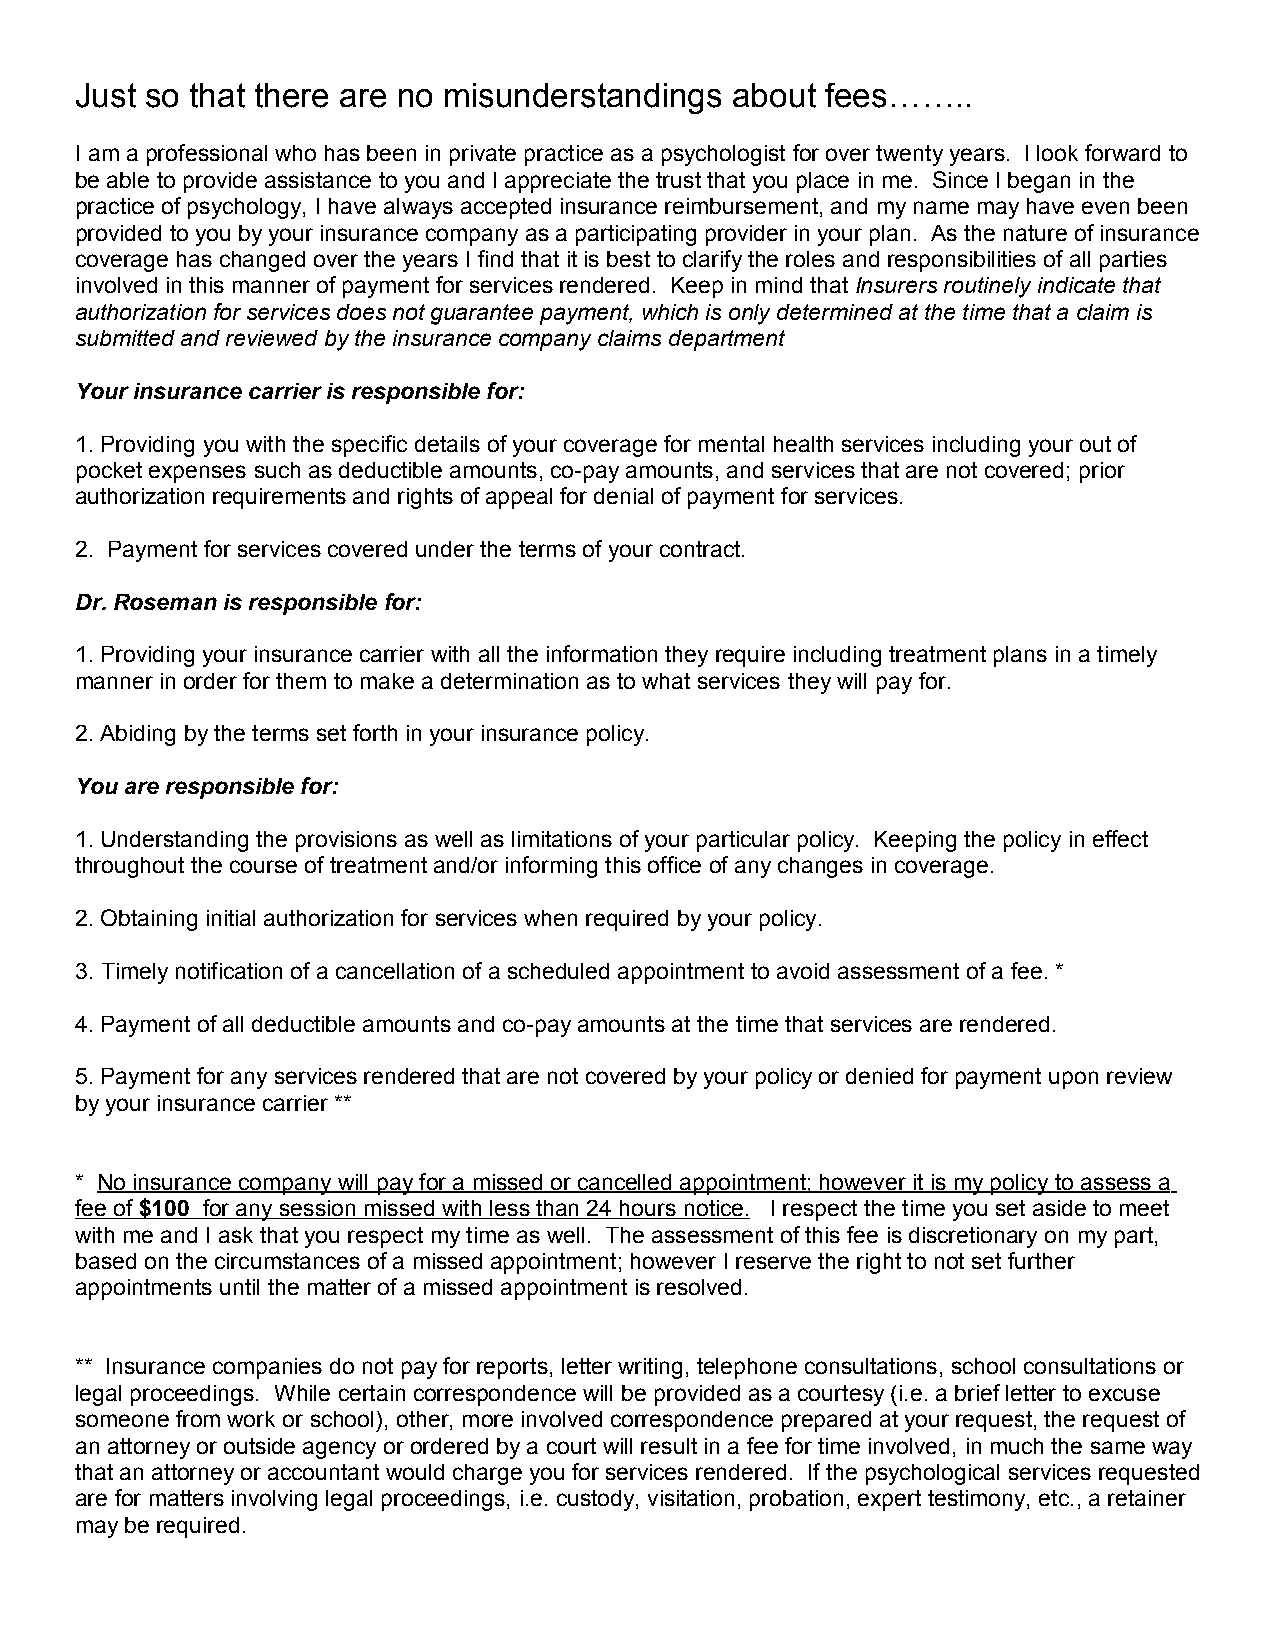
Just so that there are no misunderstandings about fees……..
 I am a professional who has been in private practice as a psychologist for over twenty years. I look forward to
 be able to provide assistance to you and I appreciate the trust that you place in me. Since I began in the
 practice of psychology, I have always accepted insurance reimbursement, and my name may have even been
 provided to you by your insurance company as a participating provider in your plan. As the nature of insurance
 coverage has changed over the years I find that it is best to clarify the roles and responsibilities of all parties
 involved in this manner of payment for services rendered. Keep in mind that Insurers routinely indicate that
 authorization for services does not guarantee payment, which is only determined at the time that a claim is
 submitted and reviewed by the insurance company claims department
 Your insurance carrier is responsible for:
 1. Providing you with the specific details of your coverage for mental health services including your out of
 pocket expenses such as deductible amounts, co-pay amounts, and services that are not covered; prior
 authorization requirements and rights of appeal for denial of payment for services.
 2. Payment for services covered under the terms of your contract.
 Dr. Roseman is responsible for:
 1. Providing your insurance carrier with all the information they require including treatment plans in a timely
 manner in order for them to make a determination as to what services they will pay for.
 2. Abiding by the terms set forth in your insurance policy.
 You are responsible for:
 1. Understanding the provisions as well as limitations of your particular policy. Keeping the policy in effect
 throughout the course of treatment and/or informing this office of any changes in coverage.
 2. Obtaining initial authorization for services when required by your policy.
 3. Timely notification of a cancellation of a scheduled appointment to avoid assessment of a fee. *
 4. Payment of all deductible amounts and co-pay amounts at the time that services are rendered.
 5. Payment for any services rendered that are not covered by your policy or denied for payment upon review
 by your insurance carrier **
 * No insurance company will pay for a missed or cancelled appointment; however it is my policy to assess a
 fee of $100 for any session missed with less than 24 hours notice . I respect the time you set aside to meet
 with me and I ask that you respect my time as well. The assessment of this fee is discretionary on my part,
 based on the circumstances of a missed appointment; however I reserve the right to not set further
 appointments until the matter of a missed appointment is resolved.
 ** Insurance companies do not pay for reports, letter writing, telephone consultations, school consultations or
 legal proceedings. While certain correspondence will be provided as a courtesy (i.e. a brief letter to excuse
 someone from work or school), other, more involved correspondence prepared at your request, the request of
 an attorney or outside agency or ordered by a court will result in a fee for time involved, in much the same way
 that an attorney or accountant would charge you for services rendered. If the psychological services requested
 are for matters involving legal proceedings, i.e. custody, visitation, probation, expert testimony, etc., a retainer
 may be required.